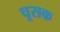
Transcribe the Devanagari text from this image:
चूसक